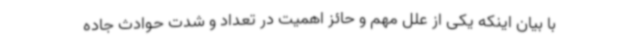
با بیان اینکه یکی از علل مهم و حائز اهمیت در تعداد و شدت حوادث جاده